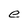
Character: e